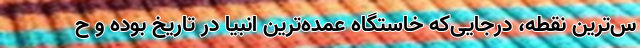
س‌ترین نقطه، در‌جایی‌که خاستگاه عمده‌ترین انبیا در تاریخ بوده و ح